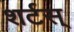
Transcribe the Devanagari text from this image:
शर्टस्